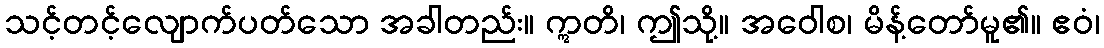
သင့်တင့်လျောက်ပတ်သော အခါတည်း။ ဣတိ၊ ဤသို့။ အဝေါစ၊ မိန့်တော်မူ၏။ ဧဝံ၊